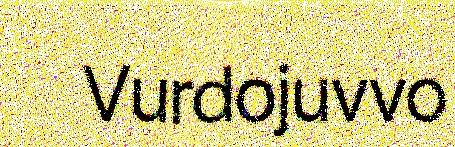
Vurdojuvvo